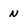
Character: N